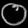
Digit: ၀